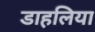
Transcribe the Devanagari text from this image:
डाहलिया